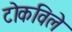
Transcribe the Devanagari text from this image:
टोकविले